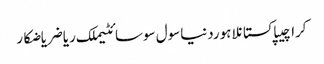
کراچیپاکستانلاہوردنیاسول سوسائٹیملک ریاضریاضکار